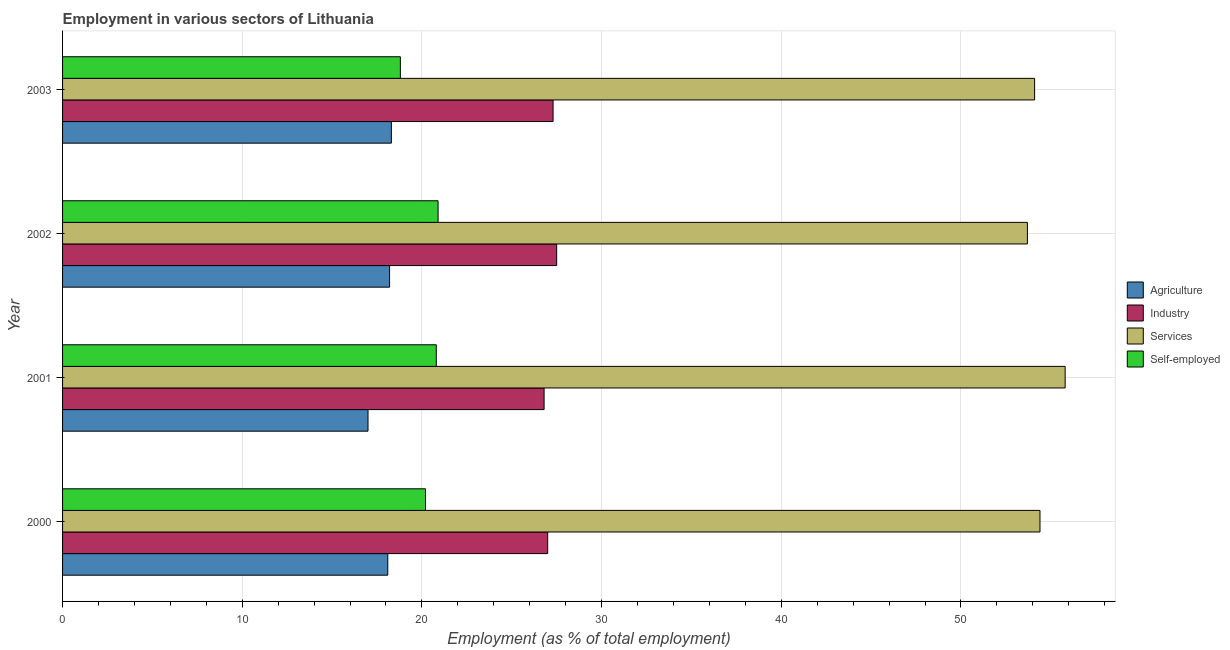
| Year | Agriculture | Industry | Services | Self-employed |
 | --- | --- | --- | --- | --- |
 | 2000 | 18.1 | 27 | 54.4 | 20.2 |
 | 2001 | 17 | 26.8 | 55.8 | 20.8 |
 | 2002 | 18.2 | 27.5 | 53.7 | 20.9 |
 | 2003 | 18.3 | 27.3 | 54.1 | 18.8 |